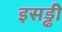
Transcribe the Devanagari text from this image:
इसड्ढी